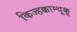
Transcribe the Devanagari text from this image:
किज्हक्काम्थूक्कू